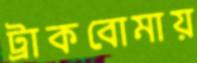
ট্রাকবোমায়